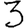
Digit: 3